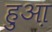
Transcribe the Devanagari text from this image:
हुआ़